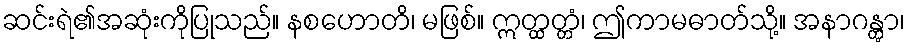
ဆင်းရဲ၏အဆုံးကိုပြုသည်။ နစဟောတိ၊ မဖြစ်။ ဣတ္ထတ္တံ၊ ဤကာမဓာတ်သို့။ အနာဂန္တွာ၊